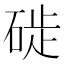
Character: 𥓢